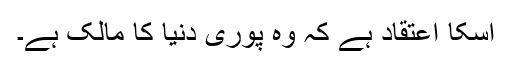
اسکا اعتقاد ہے کہ وه پورى دنیا کا مالک ہے۔